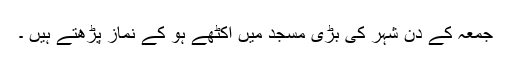
جمعہ کے دن شہر کی بڑی مسجد میں اکٹھے ہو کے نماز پڑھتے ہیں ۔